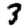
Digit: 3